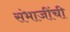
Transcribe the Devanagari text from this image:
संभाजींची